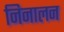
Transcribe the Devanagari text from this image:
निनालन